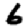
Digit: 6